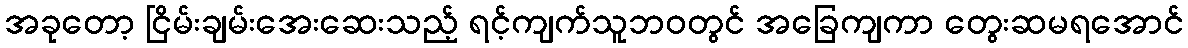
အခုတော့ ငြိမ်းချမ်းအေးဆေးသည့် ရင့်ကျက်သူဘဝတွင် အခြေကျကာ တွေးဆမရအောင်